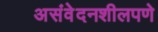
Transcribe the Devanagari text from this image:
असंवेदनशीलपणे